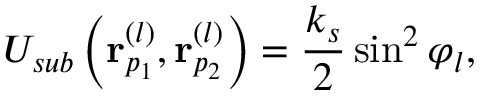
{ { \cal U } _ { s u b } \left( { \bf r } _ { p _ { 1 } } ^ { ( l ) } , { \bf r } _ { p _ { 2 } } ^ { ( l ) } \right) = \frac { k _ { s } } { 2 } \sin ^ { 2 } \varphi _ { l } , }